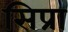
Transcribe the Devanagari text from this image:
सिप्रा